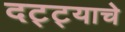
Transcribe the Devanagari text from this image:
दट्ट्याचे